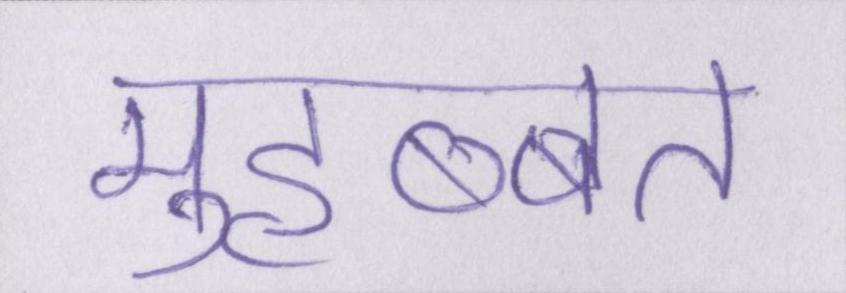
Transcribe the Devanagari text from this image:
मुहब्बत